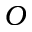
O